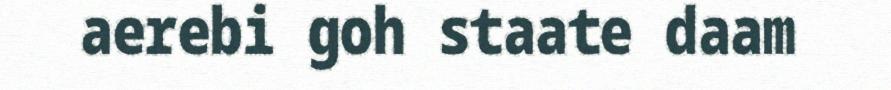
aerebi goh staate daam